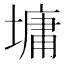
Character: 墉